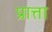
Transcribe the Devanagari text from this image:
प्रात्ता